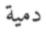
دمية